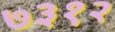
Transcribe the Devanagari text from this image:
७३१२